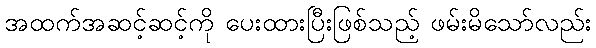
အထက်အဆင့်ဆင့်ကို ပေးထားပြီးဖြစ်သည့် ဖမ်းမိသော်လည်း